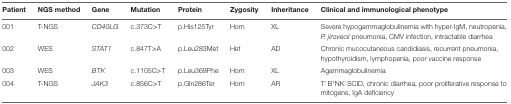
<table><thead><tr><td><b>Patient</b></td><td><b>NGS method</b></td><td><b>Gene</b></td><td><b>Mutation</b></td><td><b>Protein</b></td><td><b>Zygosity</b></td><td><b>Inheritance</b></td><td><b>Clinical and immunological phenotype</b></td></tr></thead><tbody><tr><td>001</td><td>T-NGS</td><td><i>CD40LG</i></td><td>c.373C&gt;T</td><td>p.His125Tyr</td><td>Hom</td><td>XL</td><td>Severe hypogammaglobulinemia with hyper-IgM, neutropenia, <i>P. jirovecii</i> pneumonia, CMV infection, intractable diarrhea</td></tr><tr><td>002</td><td>WES</td><td><i>STAT1</i></td><td>c.847T&gt;A</td><td>p.Leu283Met</td><td>Het</td><td>AD</td><td>Chronic mucocutaneous candidiasis, recurrent pneumonia, hypothyroidism, lymphopenia, poor vaccine response</td></tr><tr><td>003</td><td>WES</td><td><i>BTK</i></td><td>c.1105C&gt;T</td><td>p.Leu369Phe</td><td>Hom</td><td>XL</td><td>Agammaglobulinemia</td></tr><tr><td>004</td><td>T-NGS</td><td><i>JAK3</i></td><td>c.856C&gt;T</td><td>p.Gln286Ter</td><td>Hom</td><td>AR</td><td>T<sup>−</sup>B<sup>+</sup>NK<sup>−</sup>SCID, chronic diarrhea, poor proliferative response to mitogens, IgA deficiency</td></tr></tbody></table>